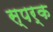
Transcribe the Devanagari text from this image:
स्पर्क